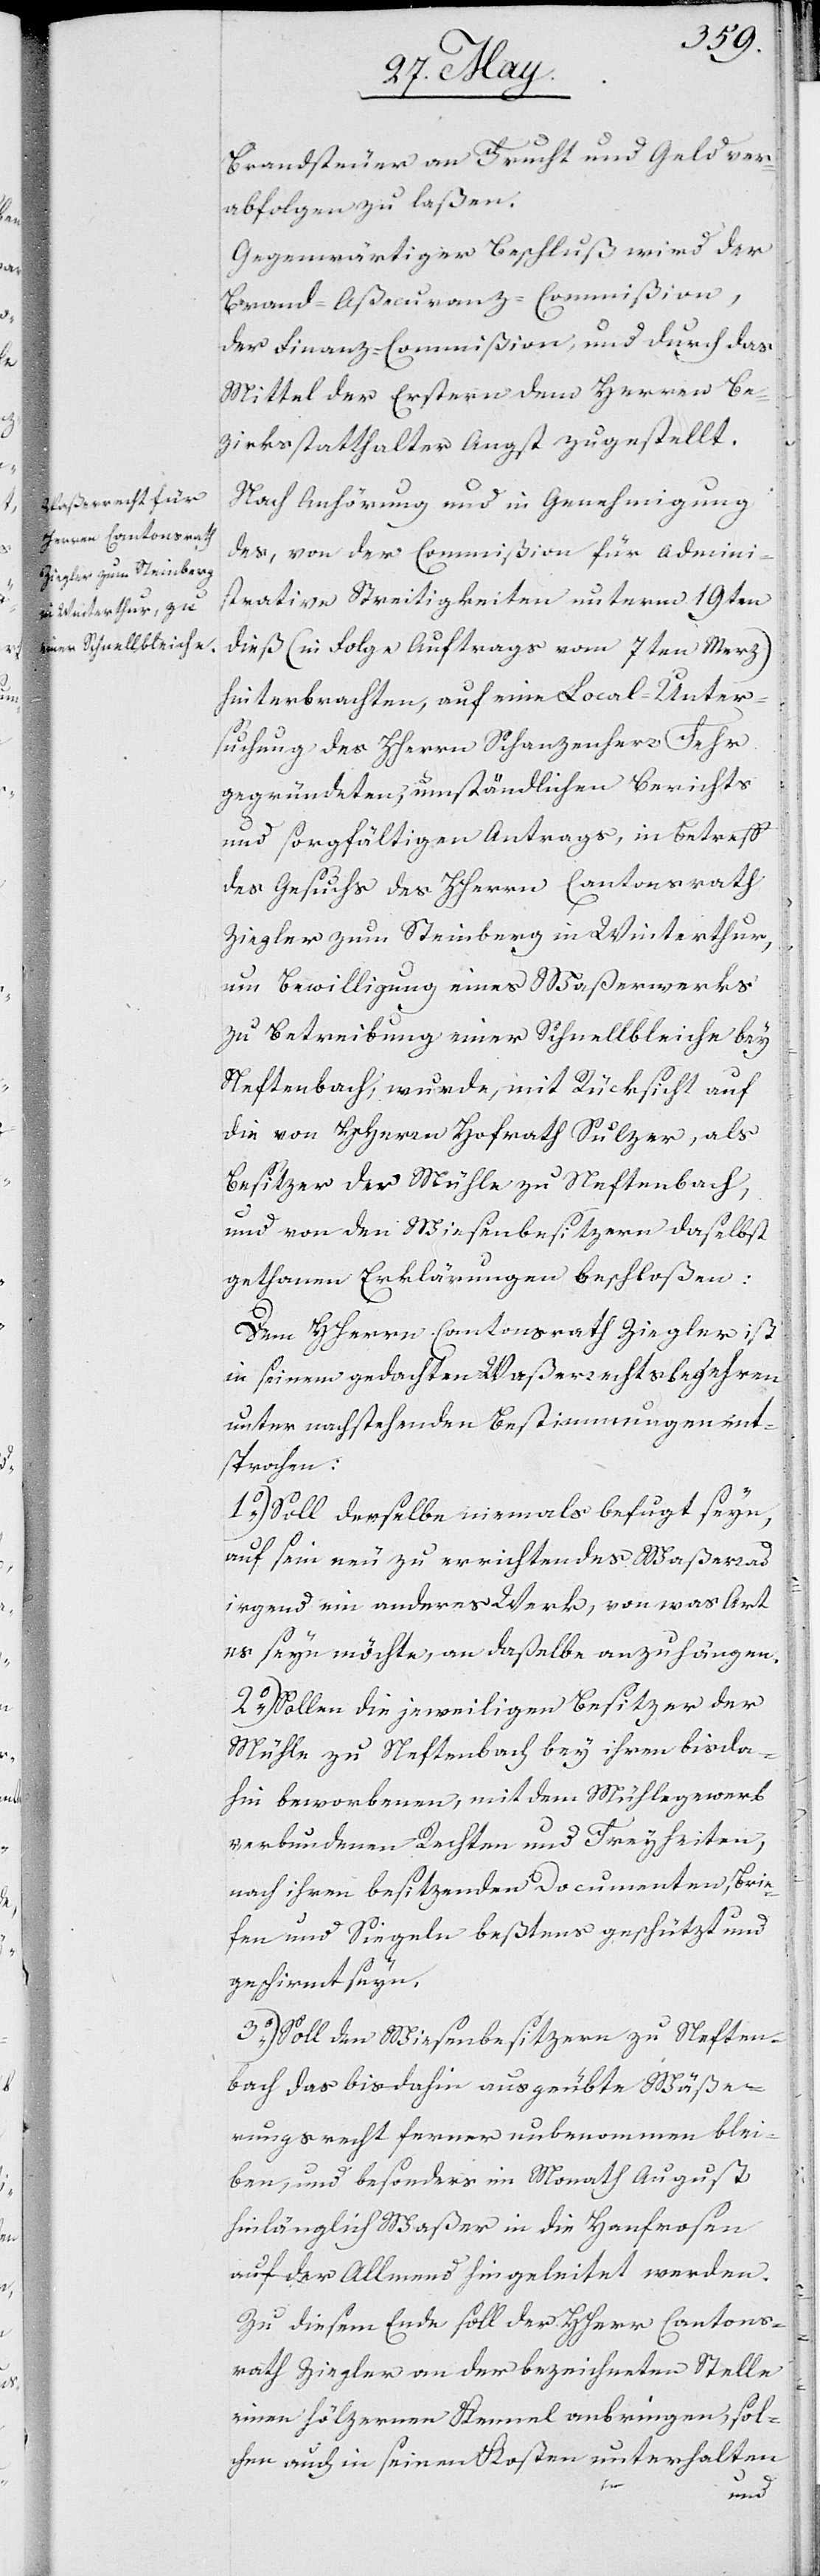
Brandsteuer an Frucht und Geld ver¬
abfolgen zu laßen.
Gegenwärtiger Beschluß wird der
Brand-Aßecuranz-Commißion,
der Finanz-Commißion, und durch das
Mittel der Erstern dem Herren Be¬
zirksstatthalter Angst zugestellt.
Nach Anhörung und in Genehmigung
des, von der Commißion für Admini¬
strative Streitigkeiten unterm 19ten
dieß, (in Folge Auftrags vom 7ten Merz)
hinterbrachten, auf eine Local-Unter¬
suchung des Herrn Schanzenherrs Fehr
gegründeten, umständlichen Berichts
und sorgfältigen Antrags, in Betreff
des Gesuchs des Herrn Cantonsrath
Ziegler zu Steinberg in Winterthur,
um Bewilligung eines Waßerwerks
zu Betreibung einer Schnellbleiche bey
Neftenbach, wurde, mit Rücksicht auf
die von Herrn Hofrath Sulzer, als
Besitzer der Mühle zu Neftenbach,
und von den Wiesenbesitzern daselbst
gethanen Erklärungen beschloßen:
Dem HHerrn Cantonsrath Ziegler ist
in seinem gedachten Waßerrechtsbegehren
unter nachstehenden Bestimmungen ent¬
sprochen:
1.) Soll derselbe niemals befugt seyn,
auf sein neu zu errichtendes Waßerrad
irgend ein anderes Werk, von was Art
es seyn möchte, an daßelbe anzuhängen.
2.) Sollen die jeweiligen Besitzer der
Mühle zu Neftenbach bey ihren bis da¬
hin beworbenen, mit dem Mühlegewerb
verbundenen Rechten und Freyheiten,
nach ihren besitzenden Documenten, Brie¬
fen und Siegeln beßtens geschützt und
geschirmt seyn.
3.) Soll den Wiesenbesitzern zu Neften¬
bach das bis dahin ausgeübte Wäße¬
rungsrecht ferner unbenommen blei¬
ben, und besonders im Monath August
hinlänglich Waßer in die Hanfrosen
auf der Allmend hingeleitet werden.
Zu diesem Ende soll der Herr Cantons¬
rath Ziegler an der bezeichneten Stelle
einen hölzernen Kennel anbringen, sol¬
chen auch in seinen Kosten unterhalten